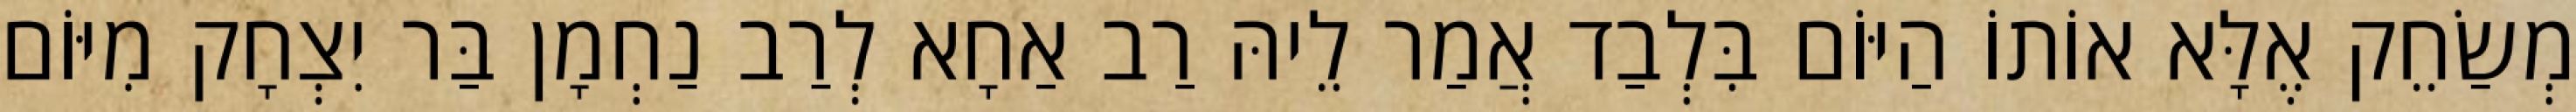
מְשַׂחֵק אֶלָּא אוֹתוֹ הַיּוֹם בִּלְבַד אֲמַר לֵיהּ רַב אַחָא לְרַב נַחְמָן בַּר יִצְחָק מִיּוֹם